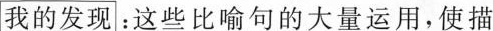
我的发现：这些比喻句的大量运用，使描